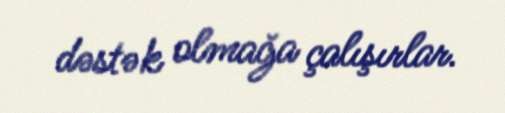
dəstək olmağa çalışırlar.